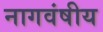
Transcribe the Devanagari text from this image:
नागवंषीय